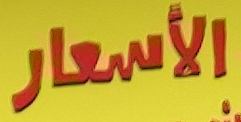
الأسعار